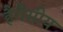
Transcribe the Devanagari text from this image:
हैगैसीय